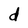
Character: d